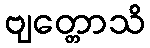
ဗျတ္တောသိ